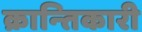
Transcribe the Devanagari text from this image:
क्रान्‍तिकारी